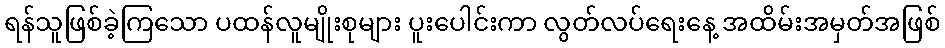
ရန်သူဖြစ်ခဲ့ကြသော ပထန်လူမျိုးစုများ ပူးပေါင်းကာ လွတ်လပ်ရေးနေ့ အထိမ်းအမှတ်အဖြစ်